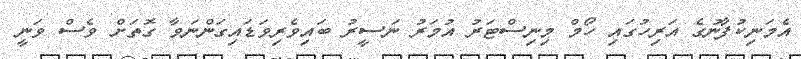
އެމަނިކުފާނުގެ އަރިހުގައި ހޯމް މިނިސްޓަރު އުމަރު ނަސީރު ބައިވެރިވަޑައިގަންނަވާ ގޮތަށް ވެސް ވަނީ